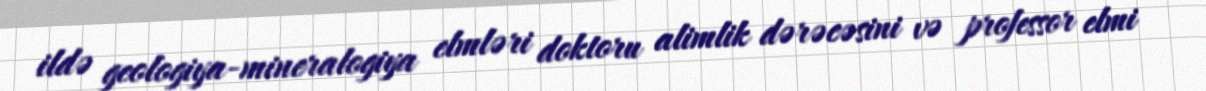
ildə geologiya-mineralogiya elmləri doktoru alimlik dərəcəsini və professor elmi